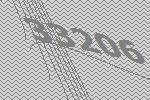
33206